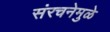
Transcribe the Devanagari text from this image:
संरचनेमुळे